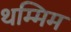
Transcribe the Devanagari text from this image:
थम्मिम